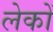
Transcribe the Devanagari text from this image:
लेकों